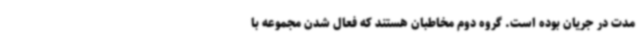
مدت در جریان بوده است. گروه دوم مخاطبان هستند که فعال شدن مجموعه با